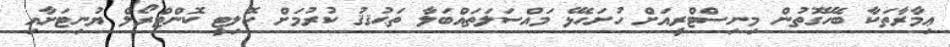
ޢިމާރާތަކާ ބެހޭގޮތުން މިނިސްޓްރީއަށް ހުށަހެޅޭ މައްސަލަތައްބަލާ ތަޙުޤޤު ކުރުމަށް ކޮލިޓީ ކޮންޓްރޯލް ޔުނިޓަށާއި